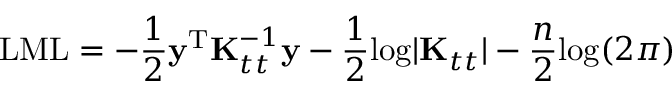
\mathrm { L M L } = - \frac { 1 } { 2 } \mathbf { y } ^ { \mathrm { T } } \mathbf { K } _ { t t } ^ { - 1 } \mathbf { y } - \frac { 1 } { 2 } \mathrm { l o g } | \mathbf { K } _ { t t } | - \frac { n } { 2 } \mathrm { l o g } ( 2 \pi )